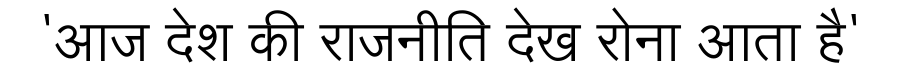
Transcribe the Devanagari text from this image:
'आज देश की राजनीति देख रोना आता है'